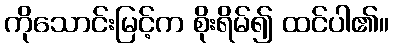
ကိုသောင်းမြင့်က စိုးရိမ်၍ ထင်ပါ၏။